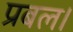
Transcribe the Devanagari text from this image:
प्रबल।